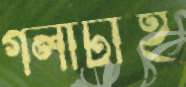
গলাটাই